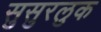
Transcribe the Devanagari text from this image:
सुसुरलुक